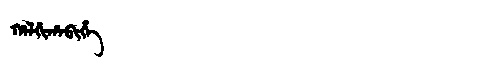
Manchu: ᡥᠠᠯᡤᡳᡥᠠᠪᡳᡥᡝ
Romanization: HALGIHABIHE